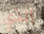
الذي